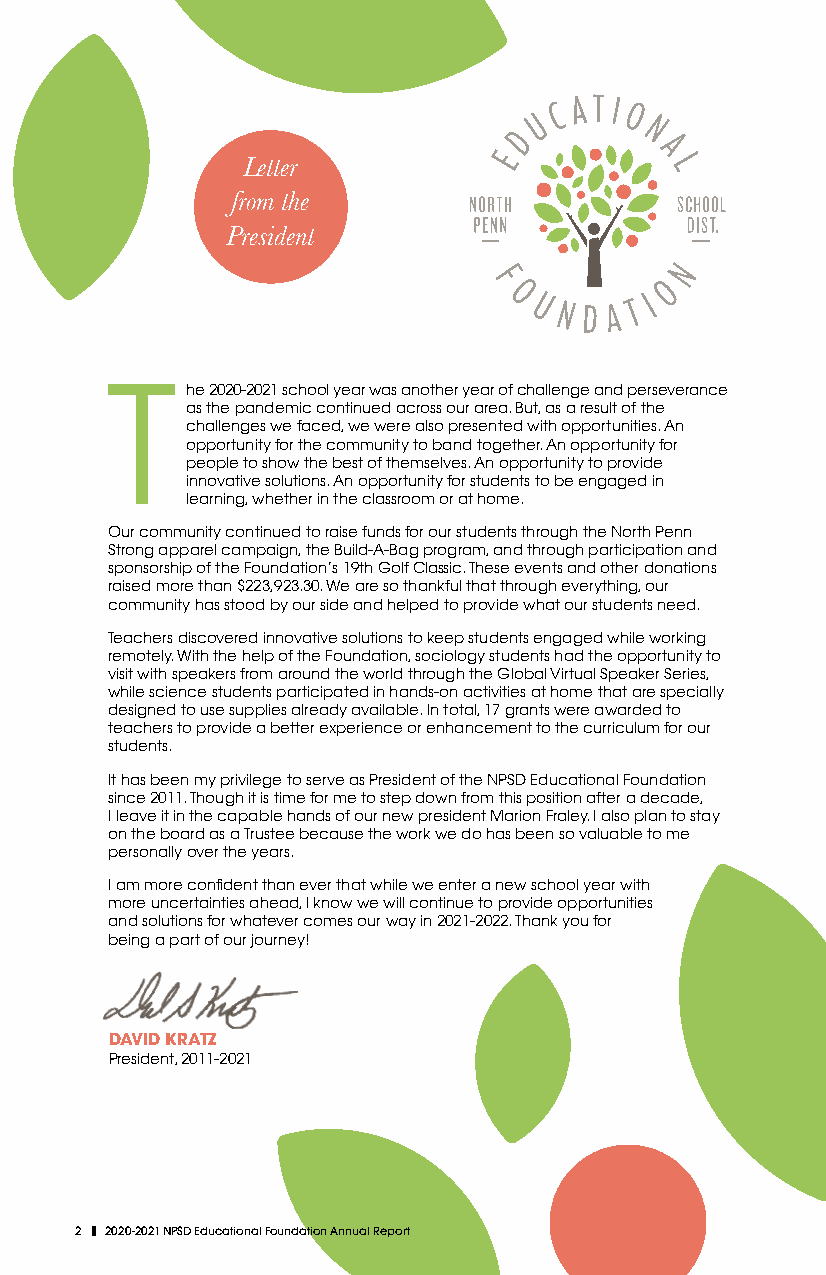
Letter
 from the
 President
 T    he 2020-2021 school year was another year of challenge and perseverance
 as the pandemic continued across our area. But, as a result of the
 challenges we faced, we were also presented with opportunities. An
 opportunity for the community to band together. An opportunity for
 people to show the best of themselves. An opportunity to provide
 innovative solutions. An opportunity for students to be engaged in
 learning, whether in the classroom or at home.
 Our community continued to raise funds for our students through the North Penn
 Strong apparel campaign, the Build-A-Bag program, and through participation and
 sponsorship of the Foundation’s 19th Golf Classic. These events and other donations
 raised more than $223,923.30. We are so thankful that through everything, our
 community has stood by our side and helped to provide what our students need.
 Teachers discovered innovative solutions to keep students engaged while working
 remotely. With the help of the Foundation, sociology students had the opportunity to
 visit with speakers from around the world through the Global Virtual Speaker Series,
 while science students participated in hands-on activities at home that are specially
 designed to use supplies already available. In total, 17 grants were awarded to
 teachers to provide a better experience or enhancement to the curriculum for our
 students.
 It has been my privilege to serve as President of the NPSD Educational Foundation
 since 2011. Though it is time for me to step down from this position after a decade,
 I leave it in the capable hands of our new president Marion Fraley. I also plan to stay
 on the board as a Trustee because the work we do has been so valuable to me
 personally over the years.
 I am more confident than ever that while we enter a new school year with
 more uncertainties ahead, I know we will continue to provide opportunities
 and solutions for whatever comes our way in 2021-2022. Thank you for
 being a part of our journey!
 DAVID KRATZ
 President, 2011-2021
 2 |2020-2021 NPSD Educational Foundation Annual Report